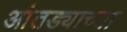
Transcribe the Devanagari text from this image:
आंतड्याच्या